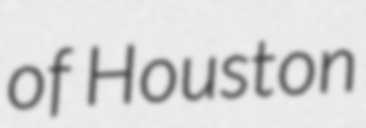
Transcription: of Houston